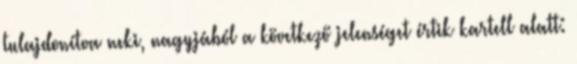
tulajdonítva neki, nagyjából a következő jelenséget értik kartell alatt: